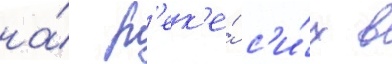
на́ р'ек'е́ с'и́х в